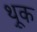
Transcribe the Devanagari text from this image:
थ़ूक